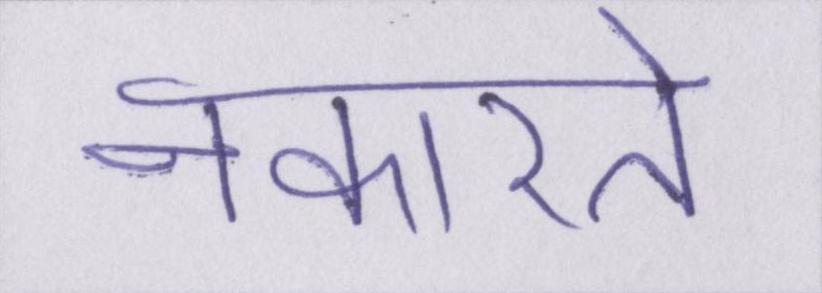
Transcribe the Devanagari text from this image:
नकारते